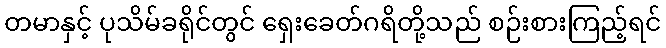
တမာနှင့် ပုသိမ်ခရိုင်တွင် ရှေးခေတ်ဂရိတို့သည် စဉ်းစားကြည့်ရင်